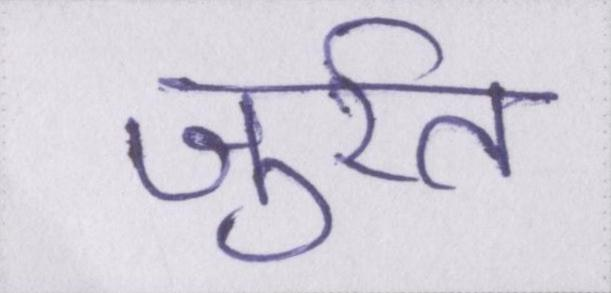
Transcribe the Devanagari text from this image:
जुर्रत